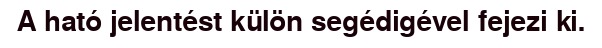
A ható jelentést külön segédigével fejezi ki.